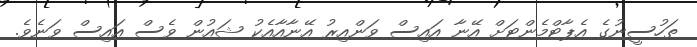
ތަހުސީނުގެ އެޕާޓްމެންޓަށް އޭނާ އައިސް ވަންއިރު އޭނާއާއެކު ޝައުން ވެސް އައިސް ވަނެވެ.